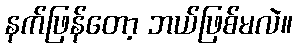
နက်ဖြန်တော့ ဘယ်ဖြစ်မလဲ။